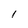
Character: l